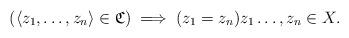
LaTeX: \begin{align*} (\langle z_1,\ldots, z_n\rangle\in\mathfrak{C})\implies (z_1=z_n) z_1\ldots,z_n\in X. \end{align*}